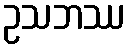
ဥသဘဿ